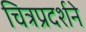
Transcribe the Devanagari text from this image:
चित्रप्रदर्शने